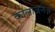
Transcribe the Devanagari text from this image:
कोलाजनेज़